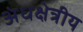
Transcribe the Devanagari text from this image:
अंधक्षेत्रीय